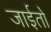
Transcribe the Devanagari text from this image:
जाईतो